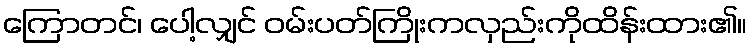
ကြောတင်၊ ပေါ့လျှင် ဝမ်းပတ်ကြိုးကလှည်းကိုထိန်းထား၏။